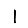
Digit: 1